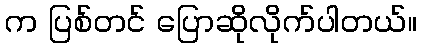
က ပြစ်တင် ပြောဆိုလိုက်ပါတယ်။